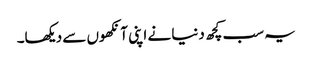
یہ سب کچھ دنیا نے اپنی آنکھوں سے دیکھا۔